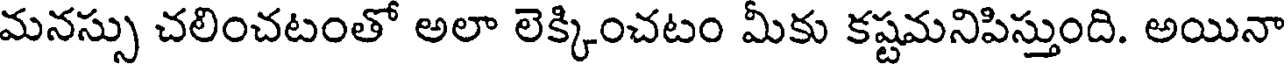
మనస్సు చలించటంతో అలా లెక్కించటం మీకు కష్టమనిపిస్తుంది. అయినా